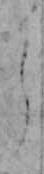
う